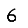
Digit: 6